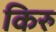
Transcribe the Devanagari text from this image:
किरु